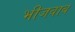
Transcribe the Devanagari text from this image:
भीजवाब